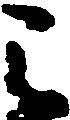
元